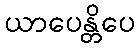
ယာပေန္တိပေ